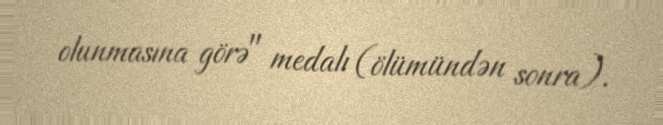
olunmasına görə" medalı (ölümündən sonra).